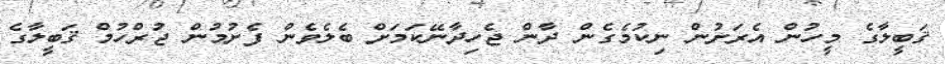
ޤަބީލާގެ މީހުން އެރަށުން ނިކުމެގެން ދާން ޖެހިދާނޭކަމަށް ބެލެވެން ފެށުމުން ޖުރްހުމް ޤަބީލާގެ